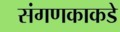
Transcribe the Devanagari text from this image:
संगणकाकडे